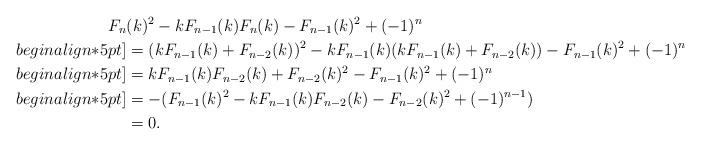
LaTeX: \begin{align*}F_{n}&(k)^2-kF_{n-1}(k)F_{n}(k)-F_{n-1}(k)^2+(-1)^n\\begin{align*}5pt]&=(kF_{n-1}(k)+F_{n-2}(k))^2-kF_{n-1}(k)(kF_{n-1}(k)+F_{n-2}(k))-F_{n-1}(k)^2+(-1)^n\\begin{align*}5pt]&=kF_{n-1}(k)F_{n-2}(k)+F_{n-2}(k)^2-F_{n-1}(k)^2+(-1)^n\\begin{align*}5pt]&=-(F_{n-1}(k)^2-kF_{n-1}(k)F_{n-2}(k)-F_{n-2}(k)^2+(-1)^{n-1})\\&=0.\end{align*}